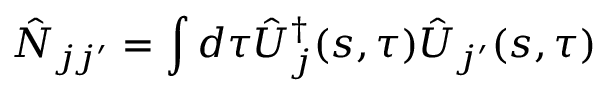
\hat { \cal N } _ { j j ^ { \prime } } = \int d \tau \hat { U } _ { j } ^ { \dag } ( s , \tau ) \hat { U } _ { j ^ { \prime } } ( s , \tau )